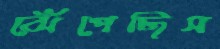
ঝেঁপেছিস